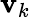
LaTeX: \mathbf{v}_{k}